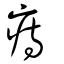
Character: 痔